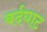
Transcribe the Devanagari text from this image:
बर्दघाट